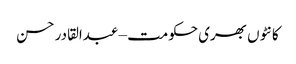
کانٹوں بھری حکومت – عبدالقادر حسن